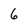
Character: 6